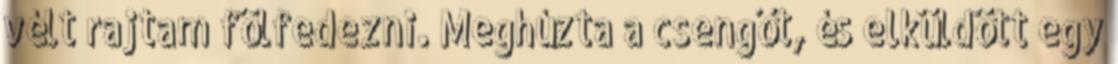
vélt rajtam fölfedezni. Meghúzta a csengőt, és elküldött egy